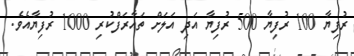
ރުފިޔާ 100 ރުފިޔާ 500 ރުފިޔާ އަދި އަލަށް ތައާރަފްކުރި 1000 ރުފިޔާއެވެ.